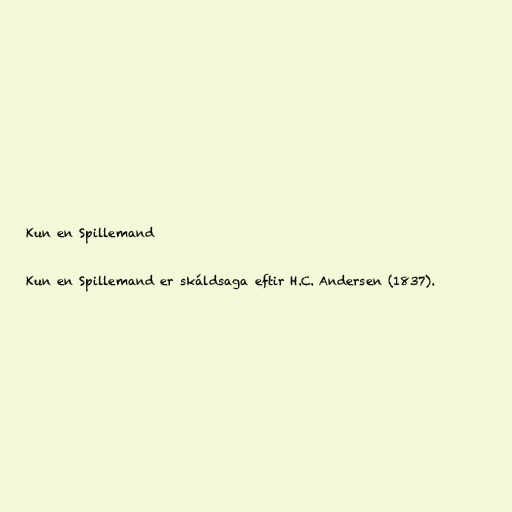
Kun en Spillemand

Kun en Spillemand er skáldsaga eftir H.C. Andersen (1837).